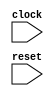
module IntervalTester(
  input   clock,
  input   reset
);
`ifdef RANDOMIZE_REG_INIT
  reg [31:0] _RAND_0;
`endif // RANDOMIZE_REG_INIT
  reg [3:0] cycle; // @[Counter.scala 60:40]
  wire  wrap_wrap = cycle == 4'ha; // @[Counter.scala 72:24]
  wire [3:0] _wrap_value_T_1 = cycle + 4'h1; // @[Counter.scala 76:24]
  wire  _T_1 = ~reset; // @[CookbookSpec.scala 19:21]
  always @(posedge clock) begin
    if (reset) begin // @[Counter.scala 60:40]
      cycle <= 4'h0; // @[Counter.scala 60:40]
    end else if (wrap_wrap) begin // @[Counter.scala 86:20]
      cycle <= 4'h0; // @[Counter.scala 86:28]
    end else begin
      cycle <= _wrap_value_T_1; // @[Counter.scala 76:15]
    end
    `ifndef SYNTHESIS
    `ifdef STOP_COND
      if (`STOP_COND) begin
    `endif
        if (wrap_wrap & ~reset) begin
          $finish; // @[CookbookSpec.scala 19:21]
        end
    `ifdef STOP_COND
      end
    `endif
    `endif // SYNTHESIS
    `ifndef SYNTHESIS
    `ifdef STOP_COND
      if (`STOP_COND) begin
    `endif
        if (_T_1) begin
          $finish; // @[IntervalSpec.scala 71:7]
        end
    `ifdef STOP_COND
      end
    `endif
    `endif // SYNTHESIS
  end
// Register and memory initialization
`ifdef RANDOMIZE_GARBAGE_ASSIGN
`define RANDOMIZE
`endif
`ifdef RANDOMIZE_INVALID_ASSIGN
`define RANDOMIZE
`endif
`ifdef RANDOMIZE_REG_INIT
`define RANDOMIZE
`endif
`ifdef RANDOMIZE_MEM_INIT
`define RANDOMIZE
`endif
`ifndef RANDOM
`define RANDOM $random
`endif
`ifdef RANDOMIZE_MEM_INIT
  integer initvar;
`endif
`ifndef SYNTHESIS
`ifdef FIRRTL_BEFORE_INITIAL
`FIRRTL_BEFORE_INITIAL
`endif
initial begin
  `ifdef RANDOMIZE
    `ifdef INIT_RANDOM
      `INIT_RANDOM
    `endif
    `ifndef VERILATOR
      `ifdef RANDOMIZE_DELAY
        #`RANDOMIZE_DELAY begin end
      `else
        #0.002 begin end
      `endif
    `endif
`ifdef RANDOMIZE_REG_INIT
  _RAND_0 = {1{`RANDOM}};
  cycle = _RAND_0[3:0];
`endif // RANDOMIZE_REG_INIT
  `endif // RANDOMIZE
end // initial
`ifdef FIRRTL_AFTER_INITIAL
`FIRRTL_AFTER_INITIAL
`endif
`endif // SYNTHESIS
endmodule